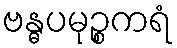
ဗန္ဓပမုဉ္စကရံ